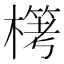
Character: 𣛖